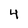
Character: 4